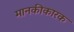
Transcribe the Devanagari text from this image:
मानकीकारक